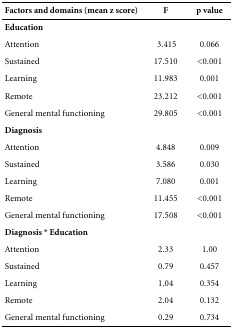
<table><thead><tr><td><b>Factors and domains (mean z score)</b></td><td><b>F</b></td><td><b>p value</b></td></tr></thead><tbody><tr><td><b>Education</b></td><td> </td><td> </td></tr><tr><td>Attention</td><td>3.415</td><td>0.066</td></tr><tr><td>Sustained</td><td>17.510</td><td>&lt;0.001</td></tr><tr><td>Learning</td><td>11.983</td><td>0.001</td></tr><tr><td>Remote</td><td>23.212</td><td>&lt;0.001</td></tr><tr><td>General mental functioning</td><td>29.805</td><td>&lt;0.001</td></tr><tr><td><b>Diagnosis</b></td><td> </td><td> </td></tr><tr><td>Attention</td><td>4.848</td><td>0.009</td></tr><tr><td>Sustained</td><td>3.586</td><td>0.030</td></tr><tr><td>Learning</td><td>7.080</td><td>0.001</td></tr><tr><td>Remote</td><td>11.455</td><td>&lt;0.001</td></tr><tr><td>General mental functioning</td><td>17.508</td><td>&lt;0.001</td></tr><tr><td><b>Diagnosis * Education</b></td><td> </td><td> </td></tr><tr><td>Attention</td><td>2.33</td><td>1.00</td></tr><tr><td>Sustained</td><td>0.79</td><td>0.457</td></tr><tr><td>Learning</td><td>1.04</td><td>0.354</td></tr><tr><td>Remote</td><td>2.04</td><td>0.132</td></tr><tr><td>General mental functioning</td><td>0.29</td><td>0.734</td></tr></tbody></table>